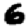
Digit: 6